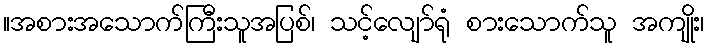
။အစားအသောက်ကြီးသူအပြစ်၊ သင့်လျော်ရုံ စားသောက်သူ အကျိုး၊